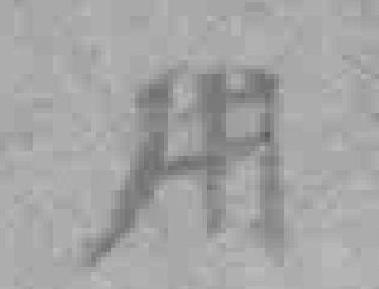
用